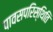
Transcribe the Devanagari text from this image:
पावसपरिस्थिति